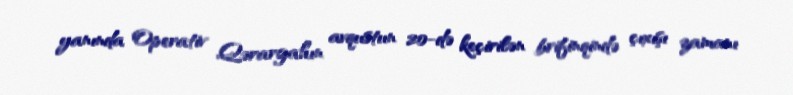
yanında Operativ Qərargahın avqustun 20-də keçirilən brifinqində çıxışı zamanı